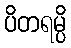
ပိတရမ္ပိ